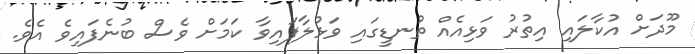
މޫދަށް އުކާލައި އިތުރު ވަޅިއެއް ތުނޑީގައި ވަޅުލާފައިވާ ކަމަށް ވެސް ބުނެފައިވެ އެވެ.